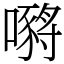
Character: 𡁷